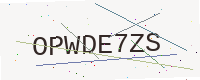
Text: OPWDE7ZS